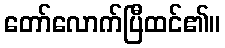
တော်လောက်ပြီထင်၏။